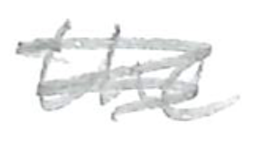
Text: the
Cross-out: scratch
Writing tool: pencil